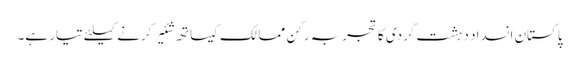
پاکستان انسداد دہشت گردی کا تجربہ رکن ممالک کیساتھ شئیر کرنے کیلئے تیار ہے۔